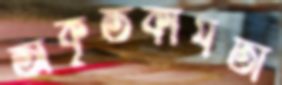
অকৃতকার্যতা